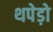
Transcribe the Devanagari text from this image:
थपेड़ो